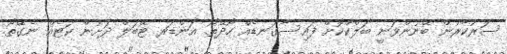
ސަރުކާރުން ބޭނުންވަނީ ބަލްކްކޮށް ފައިސާގަނޑެއް ހޯދޭތޯ. އަންޑަރ ޓޭބަލް ދަށުން ކަޓެއް ނެގޭތޯ.